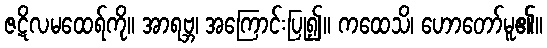
ဇဋိလမထေရ်ကို။ အာရဗ္ဘ၊ အကြောင်းပြု၍။ ကထေသိ၊ ဟောတော်မူ၏။